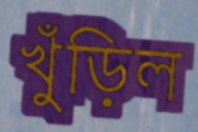
খুঁড়িল